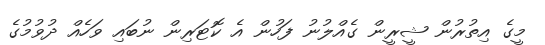
މީގެ އިތުރުން ޝީރީން ގެއްލުނު ފަހުން އެ ކޮޓަރިން ނުބައި ވަހެއް ދުވުމުގެ